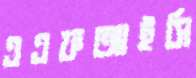
এএফআইসি